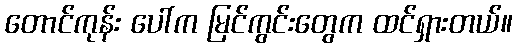
တောင်ကုန်း ပေါ်က မြင်ကွင်းတွေက ထင်ရှားတယ်။